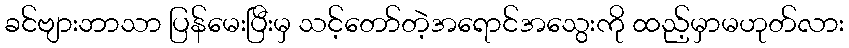
ခင်ဗျားဘာသာ ပြန်မေးပြီးမှ သင့်တော်တဲ့အရောင်အသွေးကို ထည့်မှာမဟုတ်လား